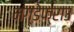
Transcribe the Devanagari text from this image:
मग्डेफ्राउ